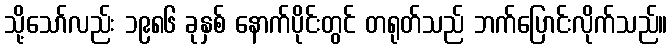
သို့သော်လည်း ၁၉၈၆ ခုနှစ် နောက်ပိုင်းတွင် တရုတ်သည် ဘက်ပြောင်းလိုက်သည်။